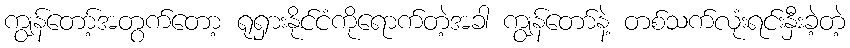
ကျွန်တော့်အတွက်တော့ ရုရှားနိုင်ငံကိုရောက်တဲ့အခါ ကျွန်တော်နဲ့ တစ်သက်လုံးရင်းနှီးခဲ့တဲ့